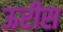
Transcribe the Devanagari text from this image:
ऊरीस